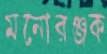
মনোরঞ্জক